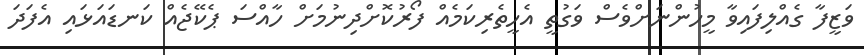
ވަޒީފާ ގެއްލިފައިވާ މީހުންނަށްވެސް ވަގުތީ އެހީތެރިކަމެއް ފޯރުކޮށްދިނުމަށް ހާއްސަ ޕެކޭޖެއް ކަނޑައަޅައި އެފަދަ